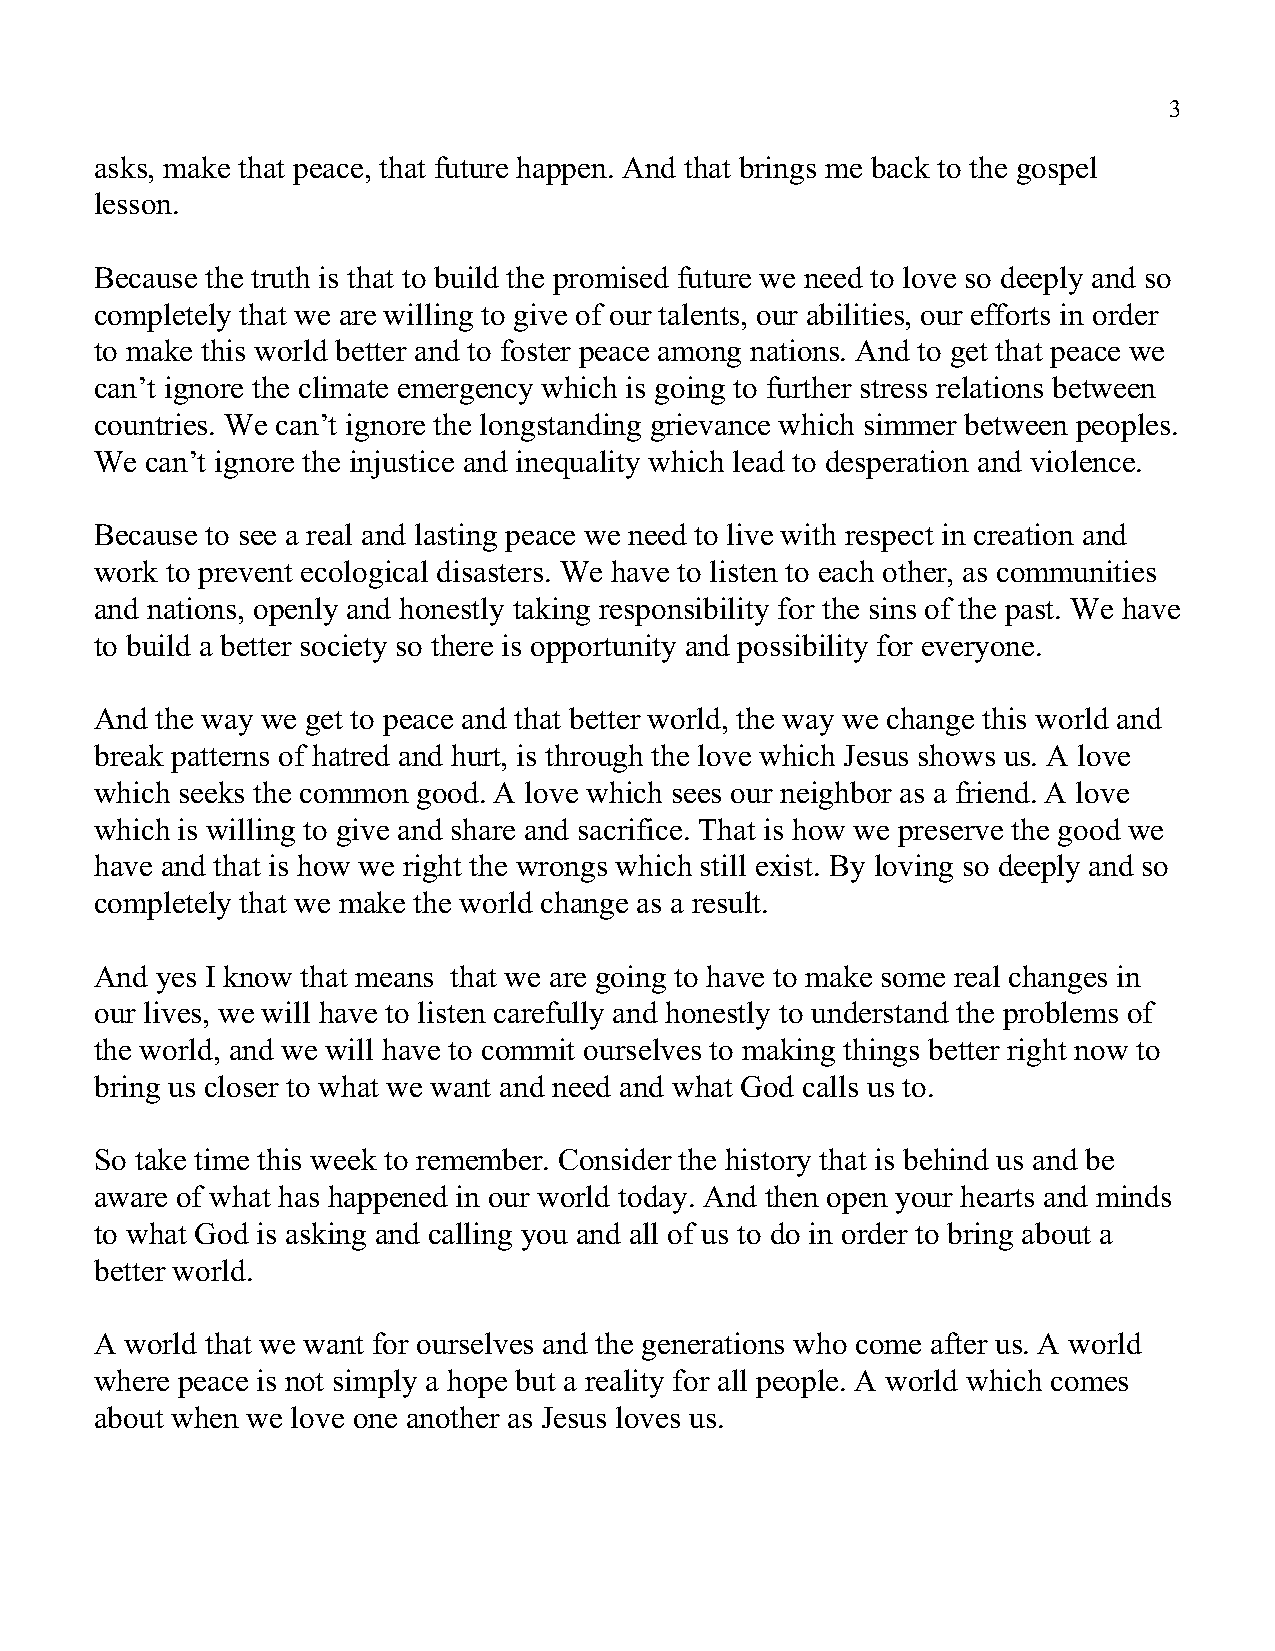
3
 asks, make that peace, that future happen. And that brings me back to the gospel
 lesson.
 Because the truth is that to build the promised future we need to love so deeply and so
 completely that we are willing to give of our talents, our abilities, our efforts in order
 to make this world better and to foster peace among nations. And to get that peace we
 can’t ignore the climate emergency which is going to further stress relations between
 countries. We can’t ignore the longstanding grievance which simmer between peoples.
 We  can’t ignore the injustice and inequality which lead to desperation and violence.
 Because to see a real and lasting peace we need to live with respect in creation and
 work to prevent ecological disasters. We have to listen to each other, as communities
 and nations, openly and honestly taking responsibility for the sins of the past. We have
 to build a better society so there is opportunity and possibility for everyone.
 And the way we get to peace and that better world, the way we change this world and
 break patterns of hatred and hurt, is through the love which Jesus shows us. A love
 which seeks the common good. A love which sees our neighbor as a friend. A love
 which is willing to give and share and sacrifice. That is how we preserve the good we
 have and that is how we right the wrongs which still exist. By loving so deeply and so
 completely that we make the world change as a result.
 And yes I know that means that we are going to have to make some real changes in
 our lives, we will have to listen carefully and honestly to understand the problems of
 the world, and we will have to commit ourselves to making things better right now to
 bring us closer to what we want and need and what God calls us to.
 So take time this week to remember. Consider the history that is behind us and be
 aware of what has happened in our world today. And then open your hearts and minds
 to what God is asking and calling you and all of us to do in order to bring about a
 better world.
 A world that we want for ourselves and the generations who come after us. A world
 where peace is not simply a hope but a reality for all people. A world which comes
 about when we love one another as Jesus loves us.